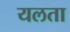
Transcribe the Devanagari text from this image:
यलता